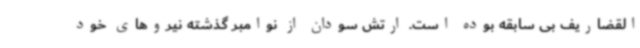
القضاریف بی سابقه بوده است. ارتش سودان از نوامبر گذشته نیروهای خود